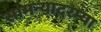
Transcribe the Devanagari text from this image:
सामन्यादरम्या